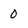
Character: 0